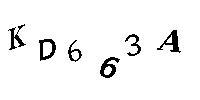
KD663A